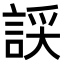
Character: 𧨞